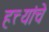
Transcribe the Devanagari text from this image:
हत्त्यांचे